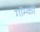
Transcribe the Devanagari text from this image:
गॉम्को